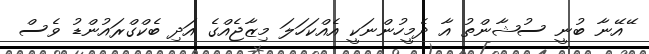
ޭއޭނާ ބުނީ ސުޝާންތު އާ ދެމީހުންނަކީ އެއްކަހަލަ މިޒާޖެއްގެ އަދި ބެކްގްރައުންޑު ވެސް